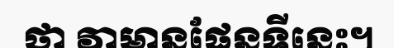
ថា វាមានផែនទីនេះ។